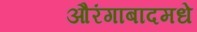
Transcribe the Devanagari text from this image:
औरंगाबादमधे